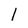
Character: 1